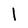
Character: l